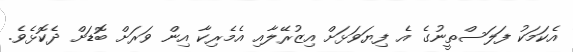
އެކަމަކު ފަލަސްތީނުގެ އެ ފިޔަވަޅަށް އިޒުރޭލާއި އެމެރިކާ އިން ވަރަށް ބޮޑަށް ދެކޮޅެވެ.